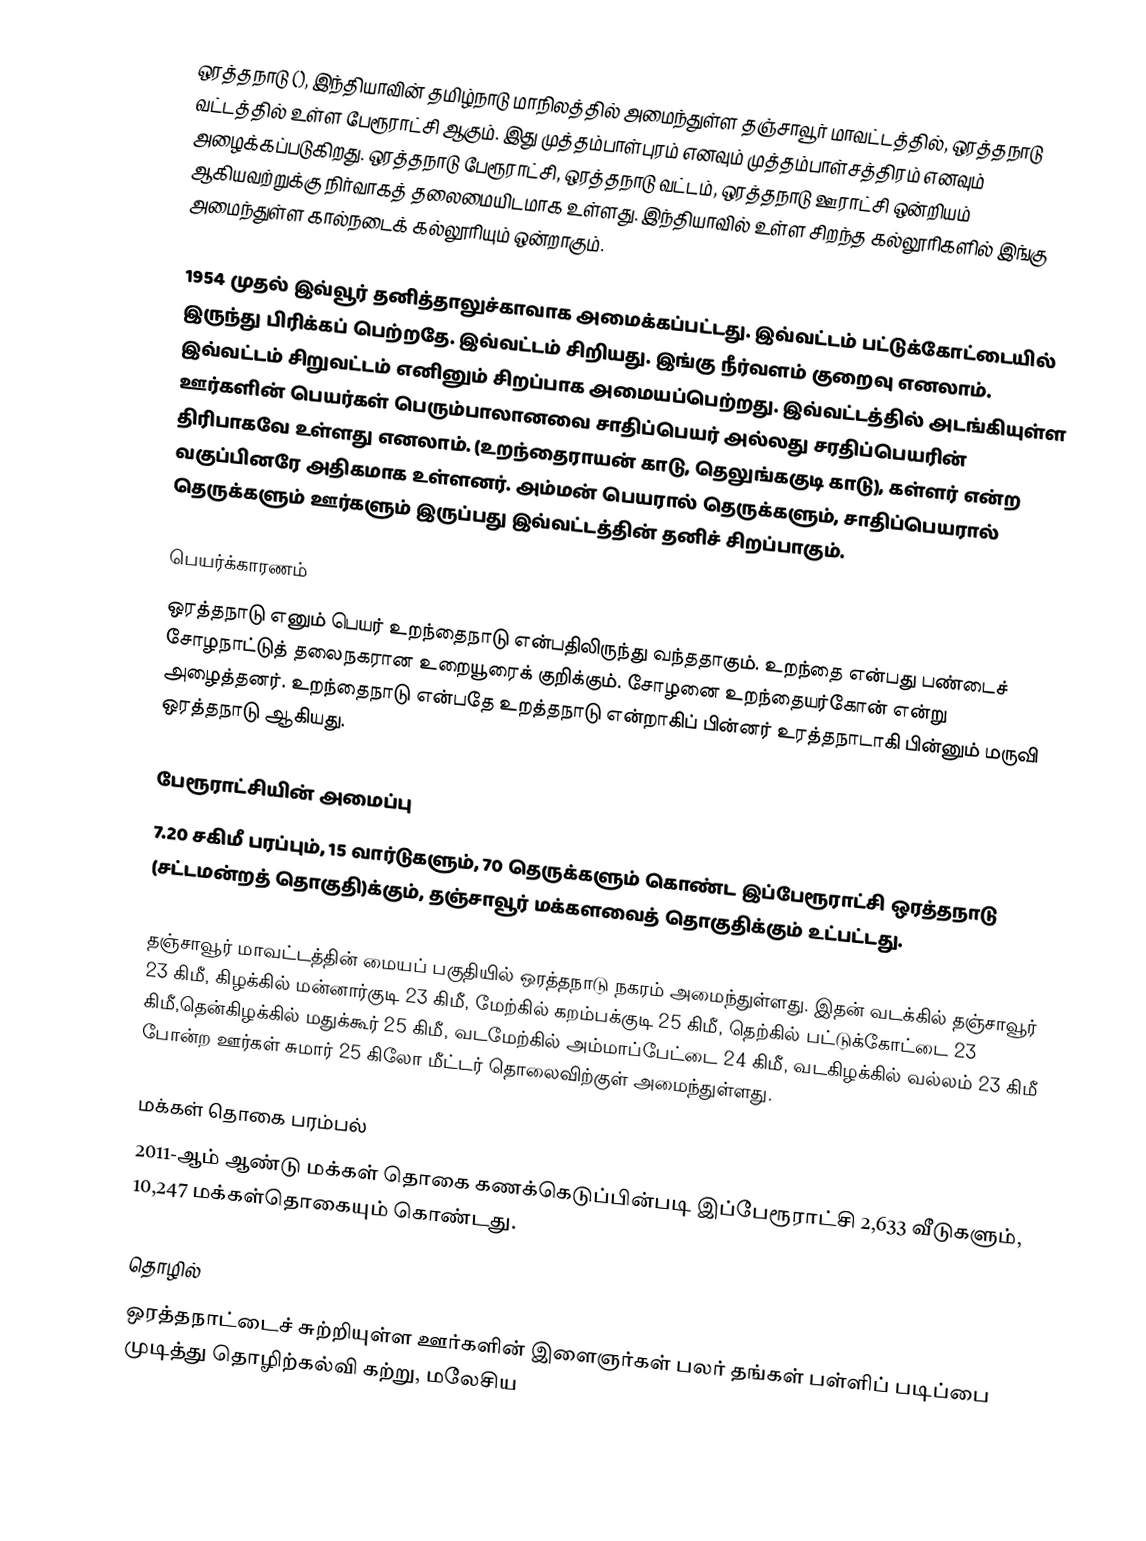
ஒரத்தநாடு (), இந்தியாவின் தமிழ்நாடு மாநிலத்தில் அமைந்துள்ள தஞ்சாவூர் மாவட்டத்தில், ஒரத்தநாடு வட்டத்தில் உள்ள பேரூராட்சி ஆகும். இது முத்தம்பாள்புரம் எனவும் முத்தம்பாள்சத்திரம் எனவும் அழைக்கப்படுகிறது. ஒரத்தநாடு பேரூராட்சி, ஒரத்தநாடு வட்டம், ஒரத்தநாடு ஊராட்சி ஒன்றியம் ஆகியவற்றுக்கு நிர்வாகத் தலைமையிடமாக உள்ளது. இந்தியாவில் உள்ள சிறந்த கல்லூரிகளில் இங்கு அமைந்துள்ள கால்நடைக் கல்லூரியும் ஒன்றாகும்.

1954 முதல் இவ்வூர் தனித்தாலுச்காவாக அமைக்கப்பட்டது. இவ்வட்டம் பட்டுக்கோட்டையில் இருந்து பிரிக்கப் பெற்றதே. இவ்வட்டம் சிறியது. இங்கு நீர்வளம் குறைவு எனலாம். இவ்‌வட்டம் சிறுவட்டம் எனினும் சிறப்பாக அமையப்பெற்றது. இவ்வட்டத்தில் அடங்கியுள்ள ஊர்களின் பெயர்கள் பெரும்பாலானவை சாதிப்‌பெயர் அல்லது சரதிப்பெயரின் திரிபாகவே உள்ளது எனலாம். (உறந்தைராயன் காடு, தெலுங்ககுடி காடு), கள்ளர் என்ற வகுப்பினரே அதிகமாக உள்ளனர். அம்மன் பெயரால் தெருக்களும், சாதிப்பெயரால் தெருக்களும் ஊர்களும் இருப்பது இவ்வட்டத்தின் தனிச் சிறப்பாகும்.

பெயர்க்காரணம்
ஒரத்தநாடு எனும் பெயர் உறந்தைநாடு என்பதிலிருந்து வந்ததாகும். உறந்தை என்பது பண்டைச் சோழநாட்டுத் தலைநகரான உறையூரைக் குறிக்கும். சோழனை உறந்தையர்கோன் என்று அழைத்தனர். உறந்தைநாடு என்பதே உறத்தநாடு என்றாகிப் பின்னர் உரத்தநாடாகி பின்னும் மருவி ஒரத்தநாடு ஆகியது.

பேரூராட்சியின் அமைப்பு
7.20 சகிமீ பரப்பும், 15  வார்டுகளும், 70  தெருக்களும் கொண்ட இப்பேரூராட்சி  ஒரத்தநாடு (சட்டமன்றத் தொகுதி)க்கும், தஞ்சாவூர் மக்களவைத் தொகுதிக்கும் உட்பட்டது.

தஞ்சாவூர் மாவட்டத்தின் மையப் பகுதியில் ஒரத்தநாடு நகரம் அமைந்துள்ளது. இதன் வடக்கில் தஞ்சாவூர் 23 கிமீ, கிழக்கில் மன்னார்குடி 23 கிமீ, மேற்கில் கறம்பக்குடி 25 கிமீ, தெற்கில் பட்டுக்கோட்டை 23 கிமீ,தென்கிழக்கில் மதுக்கூர் 25 கிமீ, வடமேற்கில் அம்மாப்பேட்டை 24 கிமீ, வடகிழக்கில் வல்லம் 23 கிமீ போன்ற ஊர்கள் சுமார் 25 கிலோ மீட்டர் தொலைவிற்குள் அமைந்துள்ளது.

மக்கள் தொகை பரம்பல்
2011-ஆம் ஆண்டு மக்கள் தொகை கணக்கெடுப்பின்படி  இப்பேரூராட்சி 2,633 வீடுகளும், 10,247  மக்கள்தொகையும் கொண்டது.

தொழில்
ஒரத்தநாட்டைச் சுற்றியுள்ள ஊர்களின் இளைஞர்கள் பலர் தங்கள் பள்ளிப் படிப்பை முடித்து தொழிற்கல்வி கற்று, மலேசிய